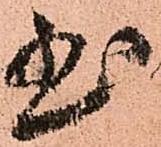
至